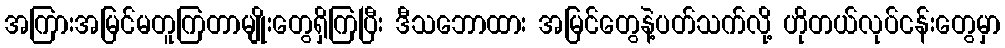
အကြားအမြင်မတူကြတာမျိုးတွေရှိကြပြီး ဒီသဘောထား အမြင်တွေနဲ့ပတ်သက်လို့ ဟိုတယ်လုပ်ငန်းတွေမှာ